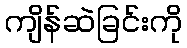
ကျိန်ဆဲခြင်းကို